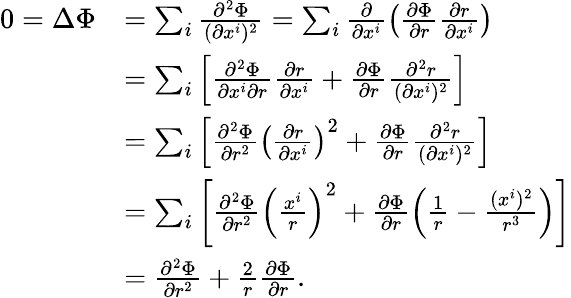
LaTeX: \begin{array}{rl}{0=\Delta\Phi}&{=\sum_{i}\frac{\partial^{2}\Phi}{(\partial x^{i})^{2}}=\sum_{i}\frac{\partial}{\partial x^{i}}\left(\frac{\partial\Phi}{\partial r}\frac{\partial r}{\partial x^{i}}\right)}\\ &{=\sum_{i}\left[\frac{\partial^{2}\Phi}{\partial x^{i}\partial r}\frac{\partial r}{\partial x^{i}}+\frac{\partial\Phi}{\partial r}\frac{\partial^{2}r}{(\partial x^{i})^{2}}\right]}\\ &{=\sum_{i}\left[\frac{\partial^{2}\Phi}{\partial r^{2}}\left(\frac{\partial r}{\partial x^{i}}\right)^{2}+\frac{\partial\Phi}{\partial r}\frac{\partial^{2}r}{(\partial x^{i})^{2}}\right]}\\ &{=\sum_{i}\left[\frac{\partial^{2}\Phi}{\partial r^{2}}\left(\frac{x^{i}}{r}\right)^{2}+\frac{\partial\Phi}{\partial r}\left(\frac{1}{r}-\frac{(x^{i})^{2}}{r^{3}}\right)\right]}\\ &{=\frac{\partial^{2}\Phi}{\partial r^{2}}+\frac{2}{r}\frac{\partial\Phi}{\partial r}.}\end{array}